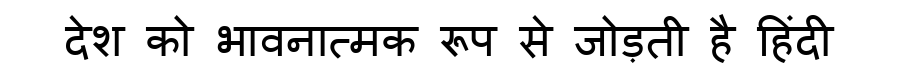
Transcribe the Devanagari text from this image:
देश को भावनात्मक रूप से जोड़ती है हिंदी